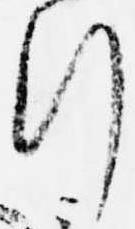
行